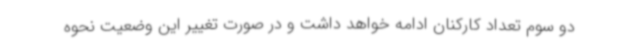
دو سوم تعداد کارکنان ادامه خواهد داشت و در صورت تغییر این وضعیت نحوه